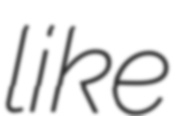
like